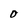
Character: O